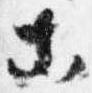
等